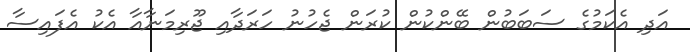
އަދި އެކަމުގެ ސަބަބުން ބޭންކުން ކުރަން ޖެހުނު ހަރަދާއި ޖޫރިމަނާއާ އެކު އެފައިސާ